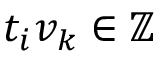
t _ { i } v _ { k } \in \mathbb { Z }